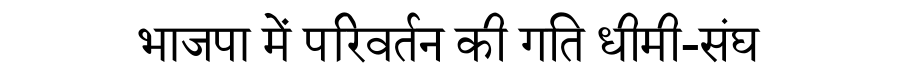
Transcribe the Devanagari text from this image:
भाजपा में परिवर्तन की गति धीमी-संघ